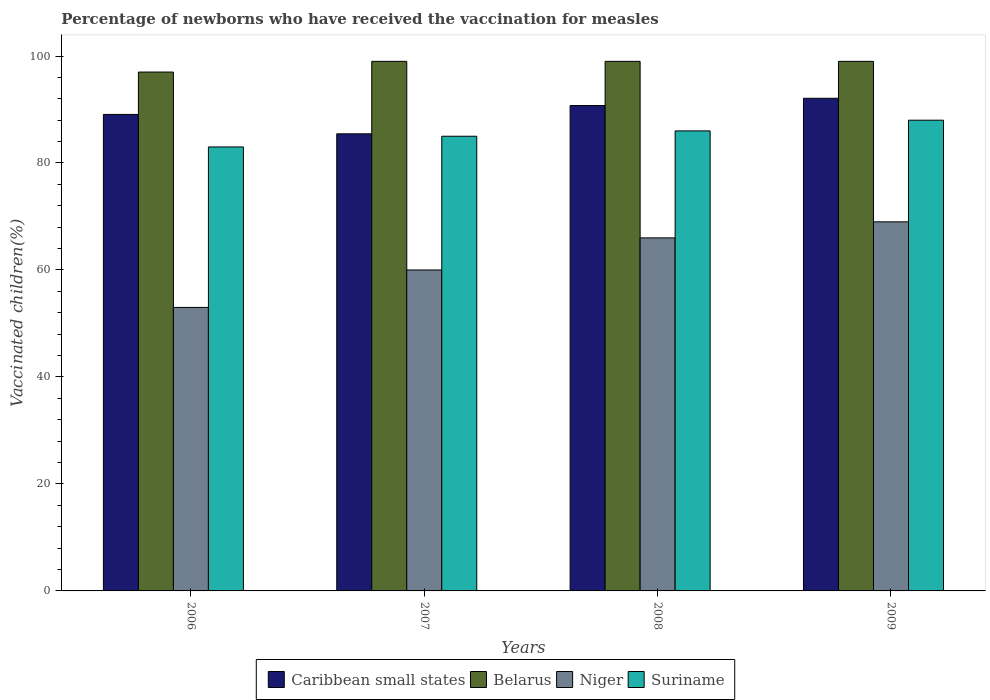
| Years | Caribbean small states | Belarus | Niger | Suriname |
 | --- | --- | --- | --- | --- |
 | 2006 | 89.1 | 97 | 53 | 83 |
 | 2007 | 85.5 | 99 | 60 | 85 |
 | 2008 | 90.7 | 99 | 66 | 86 |
 | 2009 | 92.1 | 99 | 69 | 88 |